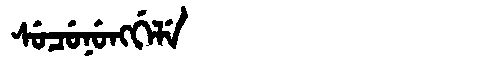
Manchu: ᠰᡠᠴᡠᠨᡠᠩᡤᡝᠯᡝ
Romanization: SUCUNUNGGELE